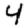
Digit: 4